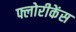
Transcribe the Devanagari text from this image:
फ्लोरीकेंस